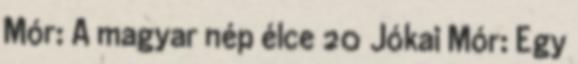
Mór: A magyar nép élce 20 Jókai Mór: Egy